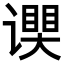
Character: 𬤧